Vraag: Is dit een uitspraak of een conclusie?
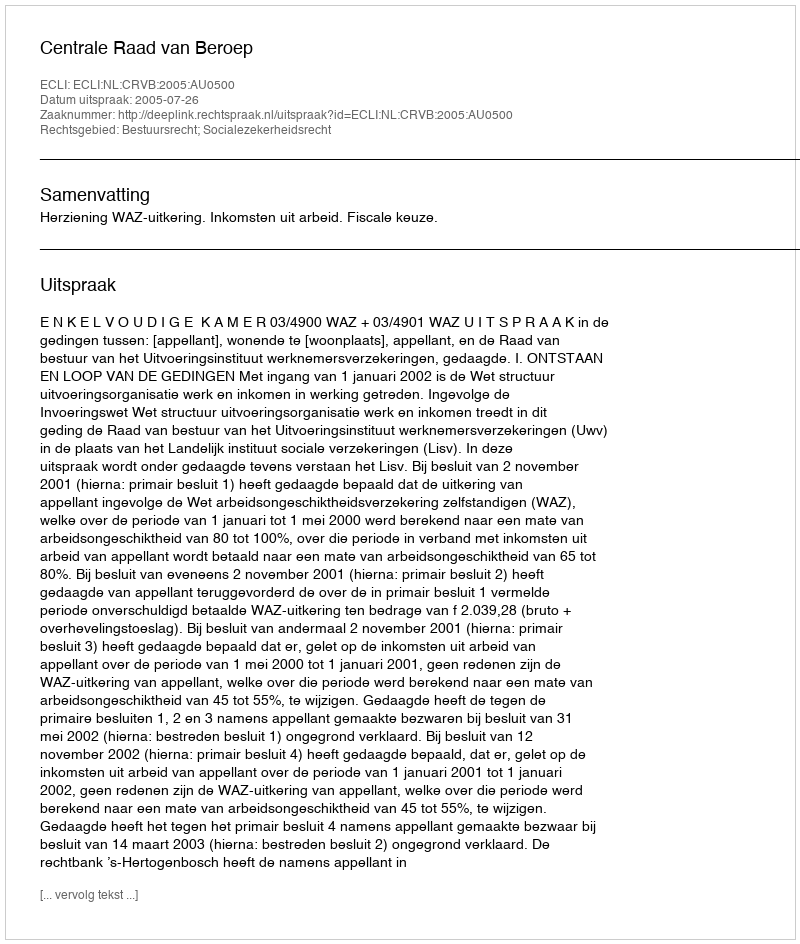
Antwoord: Uitspraak